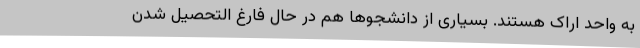
به واحد اراک هستند. بسیاری از دانشجوها هم در حال فارغ التحصیل شدن